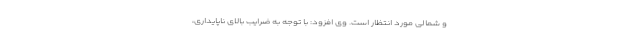
و شمالی مورد انتظار است. وی افزود: با توجه به ضرایب بالای ناپایداری،